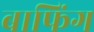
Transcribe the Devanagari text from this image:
बाफिंग